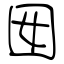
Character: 囡